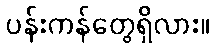
ပန်းကန်တွေရှိလား။